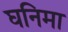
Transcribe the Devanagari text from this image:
घनिमा